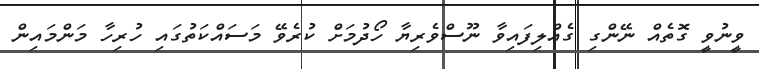
ވީނުވީ ގޮތެއް ނޭންގި ގެއްލިފައިވާ ނޫސްވެރިޔާ ހޯދުމަށް ކުރެވޭ މަސައްކަތުގައި ހުރިހާ މަންމައިން